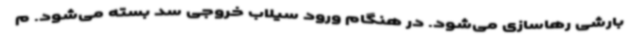
بارشی رهاسازی می‌شود. در هنگام ورود سیلاب خروجی سد بسته می‌شود. م